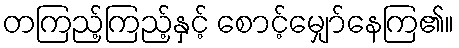
တကြည့်ကြည့်နှင့် စောင့်မျှော်နေကြ၏။